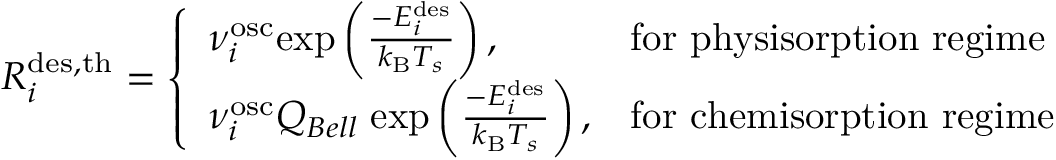
R _ { i } ^ { \mathrm { { d e s , t h } } } = \left\{ \begin{array} { l l } { \nu _ { i } ^ { \mathrm { o s c } } \mathrm { e x p } \left( \frac { - E _ { i } ^ { \mathrm { { d e s } } } } { k _ { \mathrm { B } } T _ { s } } \right) , } & { \mathrm { f o r ~ p h y s i s o r p t i o n ~ r e g i m e } } \\ { \nu _ { i } ^ { \mathrm { { o s c } } } Q _ { B e l l } \; \mathrm { e x p } \left( \frac { - E _ { i } ^ { \mathrm { d e s } } } { k _ { \mathrm { { B } } } T _ { s } } \right) , } & { \mathrm { f o r ~ c h e m i s o r p t i o n ~ r e g i m e } } \end{array} \right.